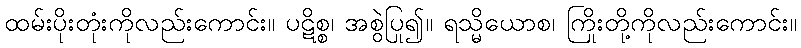
ထမ်းပိုးတုံးကိုလည်းကောင်း။ ပဋိစ္စ၊ အစွဲပြု၍။ ရသ္မိယောစ၊ ကြိုးတို့ကိုလည်းကောင်း။